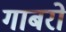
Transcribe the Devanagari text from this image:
गाबरो